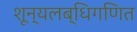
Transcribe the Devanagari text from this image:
शून्यलब्धिगणित